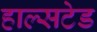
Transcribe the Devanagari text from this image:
हाल्सटेड